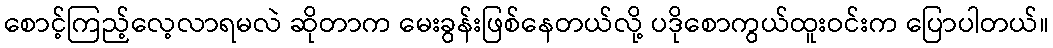
စောင့်ကြည့်လေ့လာရမလဲ ဆိုတာက မေးခွန်းဖြစ်နေတယ်လို့ ပဒိုစောကွယ်ထူးဝင်းက ပြောပါတယ်။